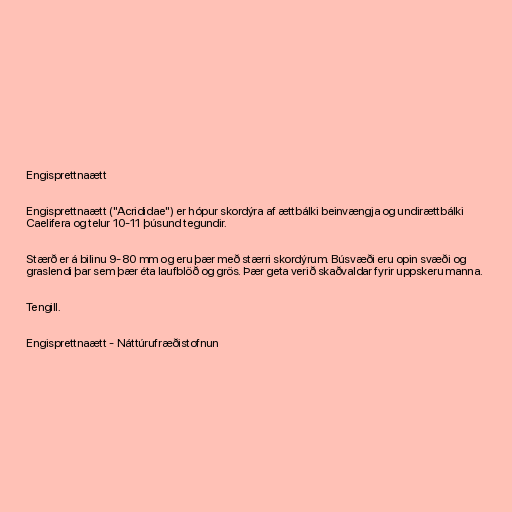
Engisprettnaætt

Engisprettnaætt ("Acrididae") er hópur skordýra af ættbálki beinvængja og undirættbálki
Caelifera og telur 10-11 þúsund tegundir.

Stærð er á bilinu 9-80 mm og eru þær með stærri skordýrum. Búsvæði eru opin svæði og
graslendi þar sem þær éta laufblöð og grös. Þær geta verið skaðvaldar fyrir uppskeru manna.

Tengill.

Engisprettnaætt - Náttúrufræðistofnun